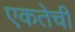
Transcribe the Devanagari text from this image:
एकतेची